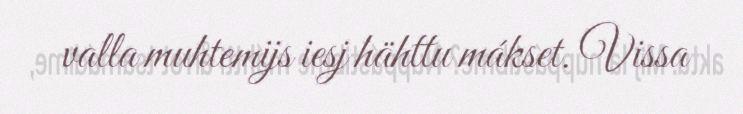
valla muhtemijs iesj hähttu mákset. Vissa